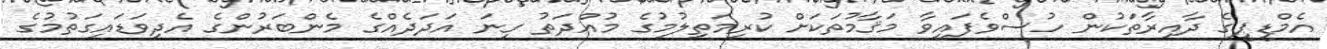
އެމްޑީޕީގެ ދާއިރާތަކުން ހުސްވެފައިވާ މަޤާމުތަކަށް ކުރިމަތިލުމުގެ މުއްދަތު ގިނަ އަދަދެއްގެ މެންބަރުންގެ އެދިވަޑައިގަތުމުގެ